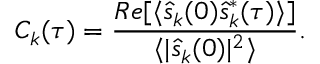
C _ { k } ( \tau ) = \frac { R e [ \langle \hat { s } _ { k } ( 0 ) \hat { s } _ { k } ^ { * } ( \tau ) \rangle ] } { \langle \lvert \hat { s } _ { k } ( 0 ) \lvert ^ { 2 } \rangle } .